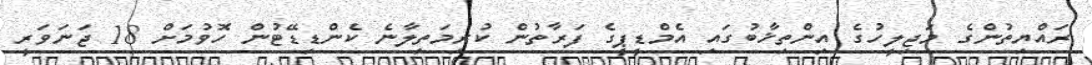
ރައްޔިތުންގެ މަޖިލީހުގެ އިންތިޚާބުގައި އެމްޑީޕީގެ ފަރާތުން ކުރިމަތިލާނެ ކެންޑިޑޭޓުން ހޮވުމަށް 18 ޖަނަވަރީ